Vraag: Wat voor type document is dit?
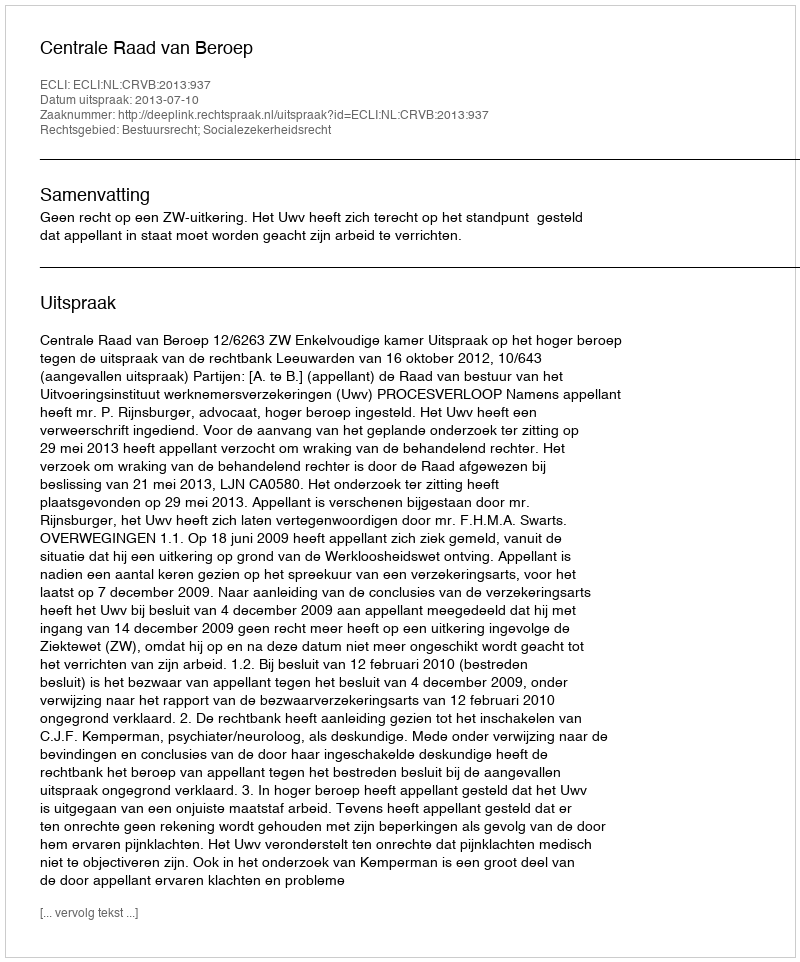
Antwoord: Uitspraak